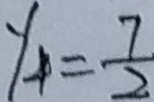
y _ { 4 } = \frac { 7 } { 2 }